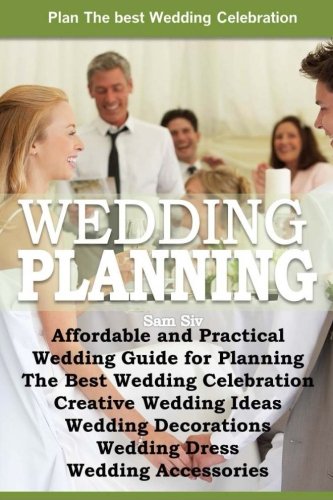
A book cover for Affordable and Practical Wedding Guide for Planning The Best Wedding Celebration: Weddings: Creative Wedding Ideas - Wedding Decorations - Wedding Dress - Wedding Planning - Wedding Accessories; Sam Siv; Crafts, Hobbies & Home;